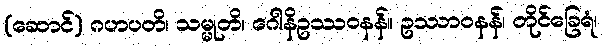
(ဆောင်) ဂဟပတိ၊ သမ္မုတိ၊ ဂေါနိဥဿဝနန်။ ဥဿာဝနန်၊ တိုင်ခြေရံ၊